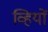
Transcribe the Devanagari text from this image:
व्हियों